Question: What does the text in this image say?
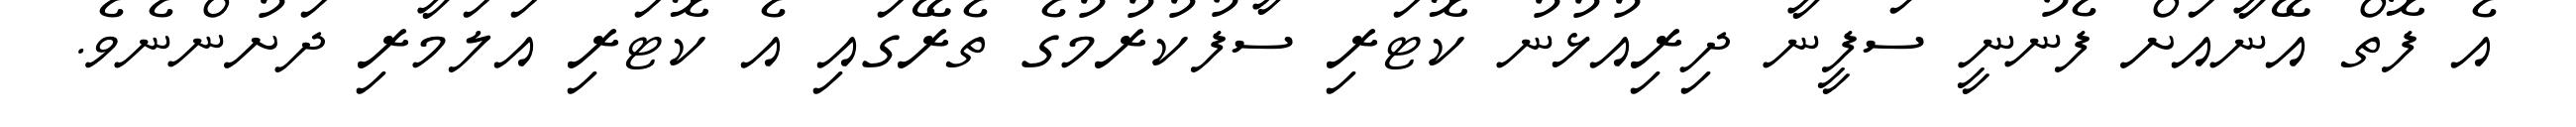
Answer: އެ ފޮތް އޭނާއަށް ފެނުނީ ސަފީނާ ދިރިއުޅުނު ކޮޓަރި ސާފުކުރުމުގެ ތެރޭގައި އެ ކޮޓަރި އަލަމާރި ދަށުންނެވެ.